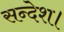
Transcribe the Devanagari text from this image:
सन्देश।